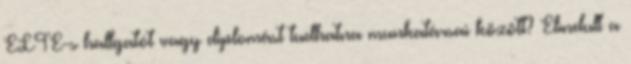
ELTE-s hallgatót vagy diplomást tudhatna munkatársai között? Elindult a